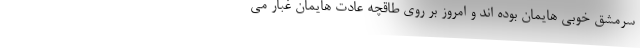
سرمشق خوبى هایمان بوده اند و امروز بر روى طاقچه عادت هایمان غبار مى